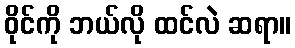
ဝိုင်ကို ဘယ်လို ထင်လဲ ဆရာ။